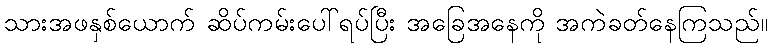
သားအဖနှစ်ယောက် ဆိပ်ကမ်းပေါ်ရပ်ပြီး အခြေအနေကို အကဲခတ်နေကြသည်။